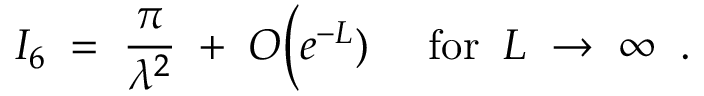
I _ { 6 } \; = \; \frac { \pi } { \lambda ^ { 2 } } \; + \; O \Big ( e ^ { - L } ) \; \; \; \; \; \mathrm { f o r } \; \; L \; \rightarrow \; \infty \; \; .